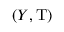
( Y , \mathrm { T } )